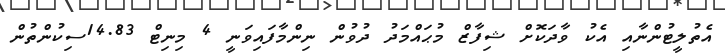
އެތުލީޓުންނާއި އެކު ވާދަކޮށް ޝިފާޒް މުޙައްމަދު ދުވުން ނިންމާފައިވަނީ 4 މިނިޓް 14.83ސިކުންތުން